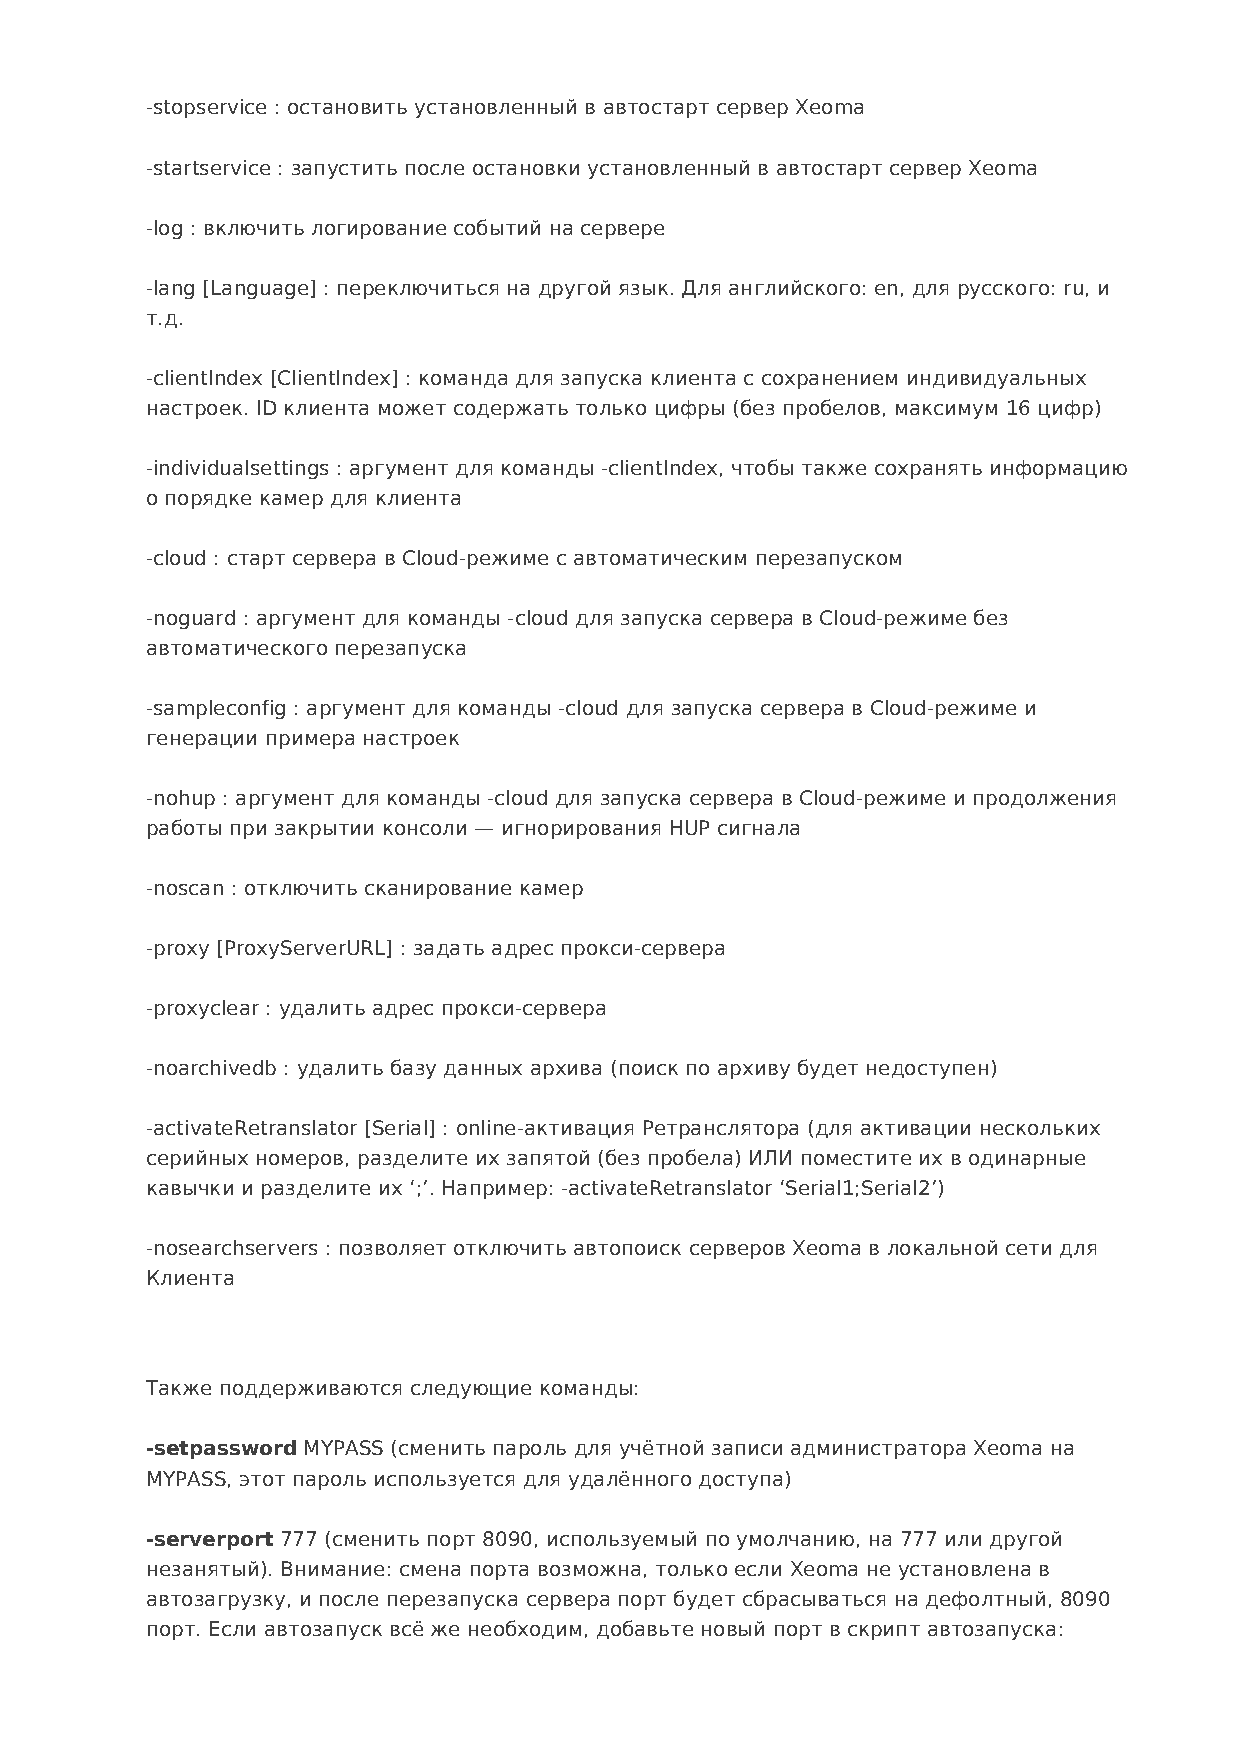
-stopservice : остановить установленный в автостарт сервер Xeoma
 -startservice : запустить после остановки установленный в автостарт сервер Xeoma
 -log : включить логирование событий на сервере
 -lang [Language] : переключиться на другой язык. Для английского: en, для русского: ru, и
 т.д.
 -clientIndex [ClientIndex] : команда для запуска клиента с сохранением индивидуальных
 настроек. ID клиента может содержать только цифры (без пробелов, максимум 16 цифр)
 -individualsettings : аргумент для команды -clientIndex, чтобы также сохранять информацию
 о порядке камер для клиента
 -cloud : старт сервера в Cloud-режиме с автоматическим перезапуском
 -noguard : аргумент для команды -cloud для запуска сервера в Cloud-режиме без
 автоматического перезапуска
 -sampleconfig : аргумент для команды -cloud для запуска сервера в Cloud-режиме и
 генерации примера настроек
 -nohup : аргумент для команды -cloud для запуска сервера в Cloud-режиме и продолжения
 работы при закрытии консоли — игнорирования HUP сигнала
 -noscan : отключить сканирование камер
 -proxy [ProxyServerURL] : задать адрес прокси-сервера
 -proxyclear : удалить адрес прокси-сервера
 -noarchivedb : удалить базу данных архива (поиск по архиву будет недоступен)
 -activateRetranslator [Serial] : online-активация Ретранслятора (для активации нескольких
 серийных номеров, разделите их запятой (без пробела) ИЛИ поместите их в одинарные
 кавычки и разделите их ‘;’. Например: -activateRetranslator ‘Serial1;Serial2’)
 -nosearchservers : позволяет отключить автопоиск серверов Xeoma в локальной сети для
 Клиента
 Также поддерживаются следующие команды:
 -setpassword MYPASS (сменить пароль для учётной записи администратора Xeoma на
 MYPASS, этот пароль используется для удалённого доступа)
 -serverport 777 (сменить порт 8090, используемый по умолчанию, на 777 или другой
 незанятый). Внимание: смена порта возможна, только если Xeoma не установлена в
 автозагрузку, и после перезапуска сервера порт будет сбрасываться на дефолтный, 8090
 порт. Если автозапуск всё же необходим, добавьте новый порт в скрипт автозапуска: